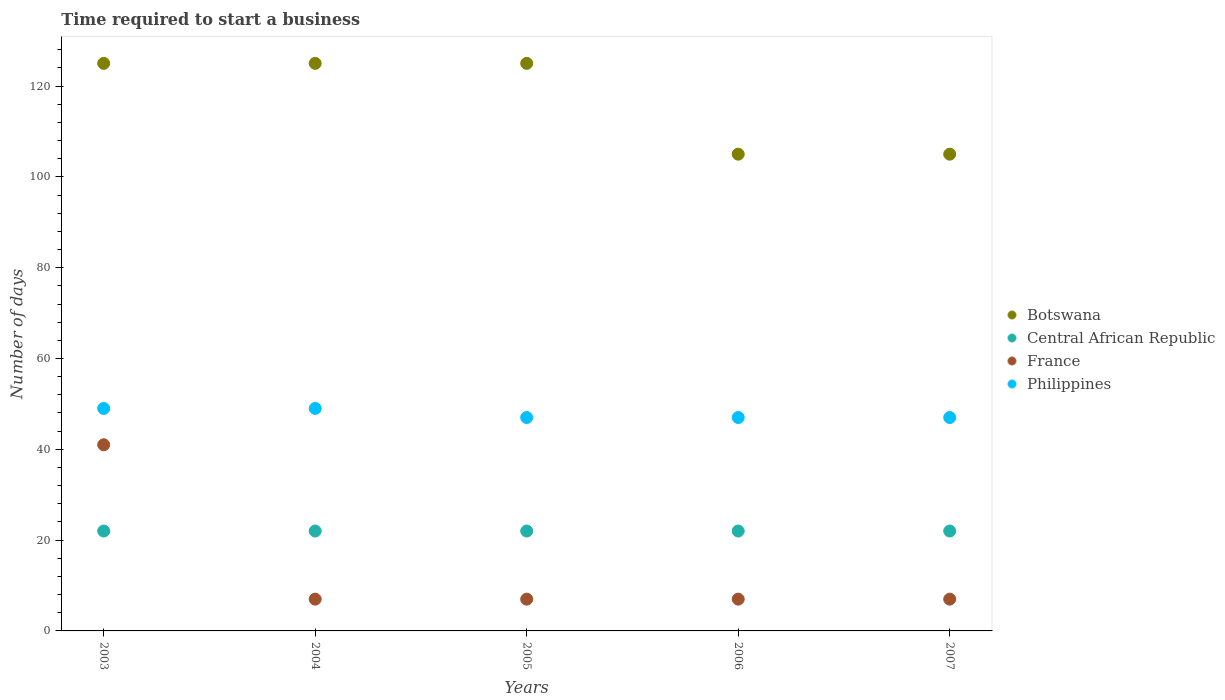
| Years | Botswana | Central African Republic | France | Philippines |
 | --- | --- | --- | --- | --- |
 | 2003 | 125 | 22 | 41 | 49 |
 | 2004 | 125 | 22 | 7 | 49 |
 | 2005 | 125 | 22 | 7 | 47 |
 | 2006 | 105 | 22 | 7 | 47 |
 | 2007 | 105 | 22 | 7 | 47 |